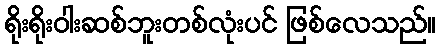
ရိုးရိုးဝါးဆစ်ဘူးတစ်လုံးပင် ဖြစ်လေသည်။